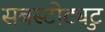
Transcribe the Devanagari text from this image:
सबस्टीट्युट